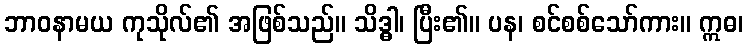
ဘာဝနာမယ ကုသိုလ်၏ အဖြစ်သည်။ သိဒ္ဓါ၊ ပြီး၏။ ပန၊ စင်စစ်သော်ကား။ ဣဓ၊